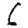
Digit: 6